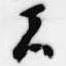
者